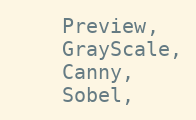
Language: C
    Preview,
    GrayScale,
    Canny,
    Sobel,